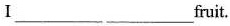
Ⅰ___ ___ fruit.